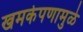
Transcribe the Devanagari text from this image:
खमकेपणामुळे